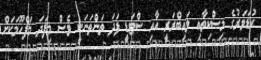
ކުޑަވަރުގެ މިސްކިތާއި ލައިބްރަރީ އާއި ސްޓަޑީ ފަދަ ތަންތަނަކީ ވެސް މިފަދަ މަފްހޫމަކަށް